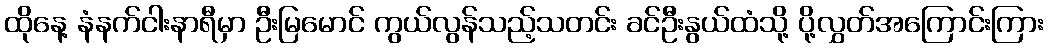
ထိုနေ့ နံနက်ငါးနာရီမှာ ဦးမြမောင် ကွယ်လွန်သည့်သတင်း ခင်ဦးနွယ်ထံသို့ ပို့လွှတ်အကြောင်းကြား